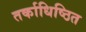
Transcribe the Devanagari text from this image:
तर्काधिष्ठित